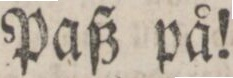
Paß på!